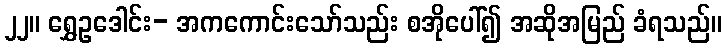
၂၂။ ရွှေဥဒေါင်း- အကကောင်းသော်သည်း စအိုပေါ်၍ အဆိုအမြည် ခံရသည်။